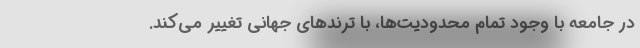
در جامعه با وجود تمام محدودیت‌ها، با ترندهای جهانی تغییر می‌کند.‌